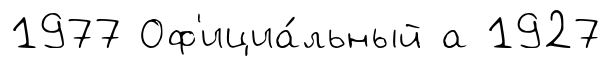
1977 Оф'ициа́льный а 1927